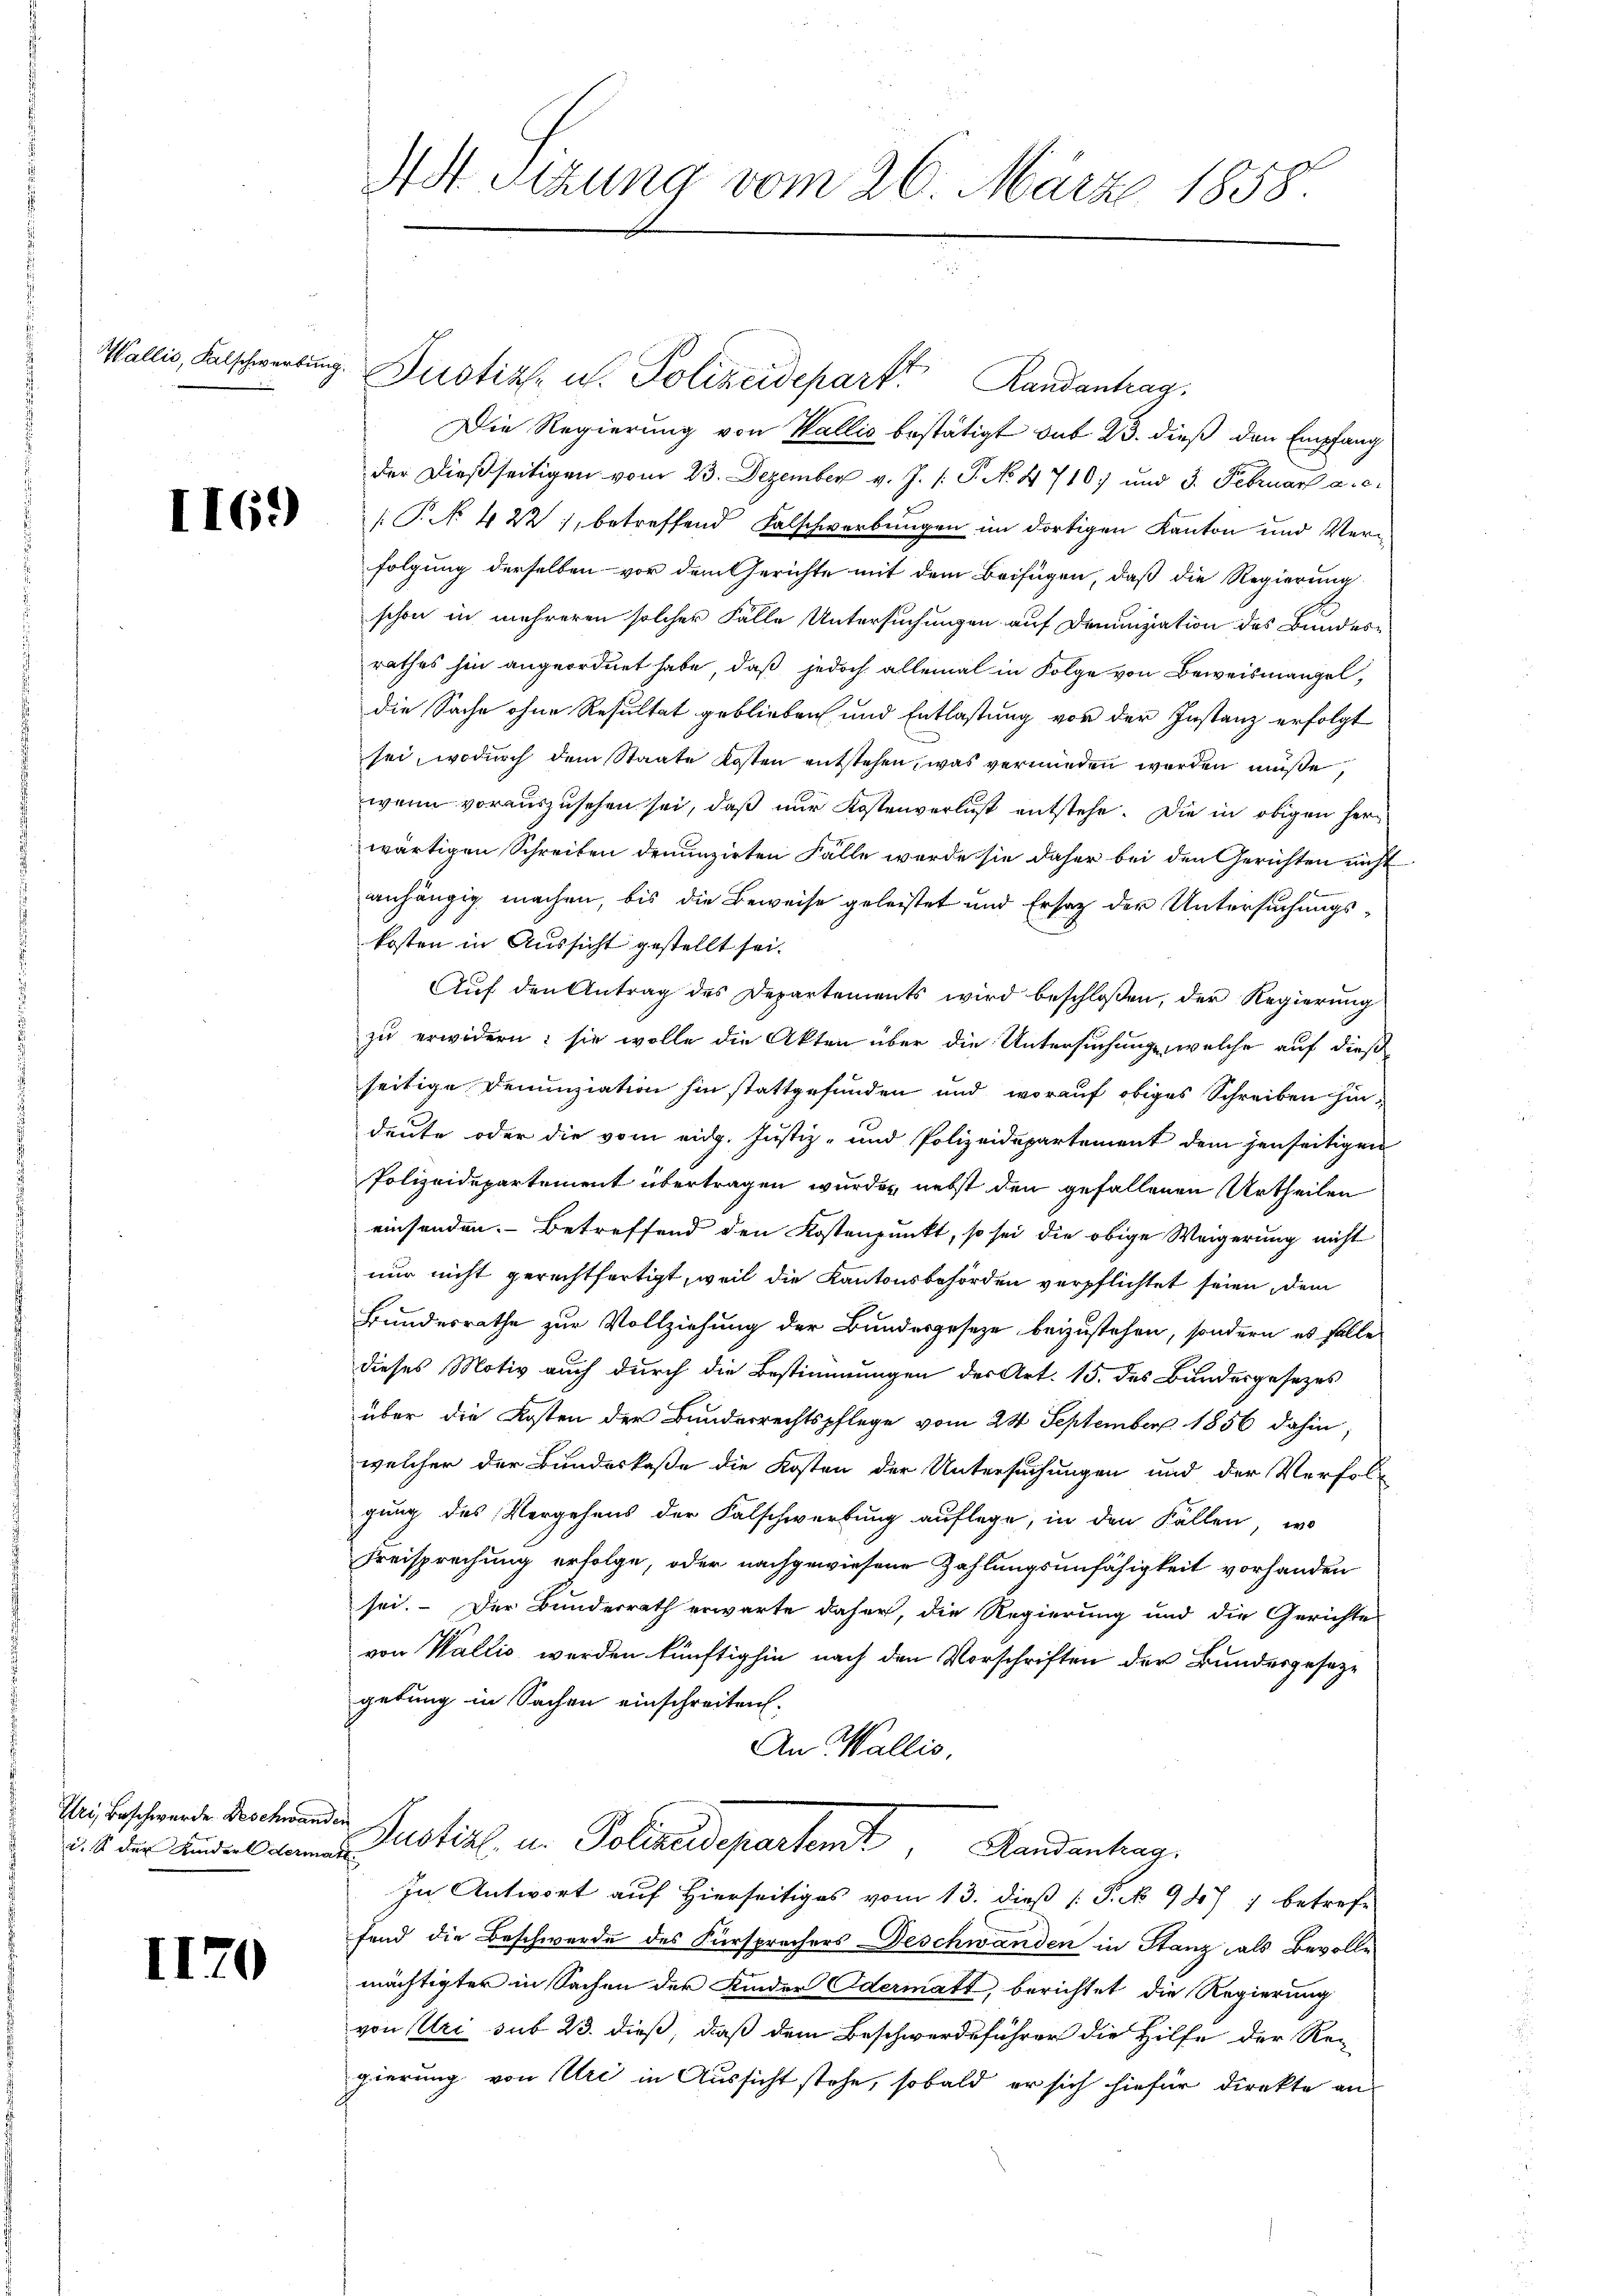
II69)

Iri, Beschwerde. Beschwanden
d. S. der Kinderl dermatt.

II70

MSt. Sitzung vom 26. März 1858.

Wallis, Kalschwerbung. Justiz- u. Polizeidepart Randantrag
Die Regierung von Wallis bestätigt das 23. dieß den Empfang
der dießseitigen vom 23. Dezember v. J. /: P. No. 4710) und 3. Februar a.c.
[P. 422), betreffend Falschwerbungen im dortigen Kanton und Verfolgung derselben vor dem Gerichte mit dem Beifügen, daß die Regierung
schon in mehreren solcher Falle Untersuchungen auf Denunziation des Bundes-
rathes hin angeordnet habe, daß jedoch allemal in Folge von Beweismangel,
die Sache ohne Resultat geblieben und Entlastung von der Instanz erfolgt
sei, wodurch dem Staate Kosten entstehen, was vermieden werden müße,
wenn vorauszusehen sei, daß nur Kostenverlust entstehe. Die in obigen herwärtigen Schreiben denunzirten Fälle wurde sie daher bei den Gerichten nicht
anhängig machen, bis die Beweise geleistet und Ersatz der Untersuchungskosten in Aussicht gestellt sei.
Aŭf den Antrag des Departements wird beschloßen, der Regierŭng
zu erwidern: sie wolle die Akten über die Untersuchung, welche auf dieß
seitige Denunziation hin stattgefunden und worauf obiges Schreiben hindeute oder die vom eidg. Justiz- und Polizeidepartement dem jenseitigen
Polizeidepartement übertragen wurden, nebst den gefallenen Urtheilen
einsenden. Betreffend den Kostenpunkt, so sei die obige Weigerung nicht
nur nicht gerechtfertigt, weil die Kantonsbehörden verpflichtet seien, dem
Bundesrathe zur Vollziehung der Bundesgeseze beizustehen, sondern es solle
dieses Motiv auch durch die Bestimmungen des Art. 15. des Bundesgesezes
über die Kosten der Bundesrechtspflege vom 24. September 1856 dahin,
welcher der Bundeskaße die Kosten der Untersuchungen und der Verfol-
gung des Vergehens der Falschwerbung auflege, in den Fällen, wo
Freisprechung erfolge, oder nachgewiesene Zahlungsunfähigkeit vorhanden
sei. Der Bunderrath erwarte daher, die Regierung und die Gerichtes
von Wallis werden künftighin nach den Vorschriften der Bundesgesezgebung in Sachen einschreiten.
An Wallis,
Justiz in Polizeidepartant, Landantrag.
In Antwort auf Hierseitiges vom 13. dieß P. Nr. 987 ; betreff
fand die Beschwerde des Fürsprochers Deschwanden in Stanz als Bevolle
mächtigter in Sachen der Kinder Odermatt, berichtet die Regierung
von Uri sub 23. dieß, daß dem Beschwerdeführer die Hilfe der Re-
gierung von Uri in Aussicht stehe, sobald er sich hiefür direkte an¬